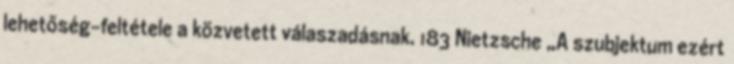
lehetőség-feltétele a közvetett válaszadásnak. 183 Nietzsche „A szubjektum ezért